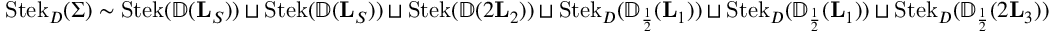
\operatorname { S t e k } _ { D } ( \Sigma ) \sim \operatorname { S t e k } ( { \mathbb { D } } ( \mathbf L _ { S } ) ) \sqcup \operatorname { S t e k } ( { \mathbb { D } } ( \mathbf L _ { S } ) ) \sqcup \operatorname { S t e k } ( { \mathbb { D } } ( 2 \mathbf L _ { 2 } ) ) \sqcup \operatorname { S t e k } _ { D } ( { \mathbb { D } } _ { \scriptscriptstyle { \frac { 1 } { 2 } } } ( \mathbf L _ { 1 } ) ) \sqcup \operatorname { S t e k } _ { D } ( { \mathbb { D } } _ { \scriptscriptstyle { \frac { 1 } { 2 } } } ( \mathbf L _ { 1 } ) ) \sqcup \operatorname { S t e k } _ { D } ( { \mathbb { D } } _ { \scriptscriptstyle { \frac { 1 } { 2 } } } ( 2 \mathbf L _ { 3 } ) )